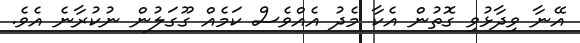
އޭނާ ވިދާޅުވި ގޮތުން އެކާ މެދު އެއްވެސް ކަމެއް ގޫގަލުން ނުކުރާނެ އެވެ.